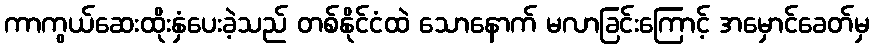
ကာကွယ်ဆေးထိုးနှံပေးခဲ့သည် တစ်နိုင်ငံထဲ သောနောက် မလာခြင်းကြောင့် အမှောင်ခေတ်မှ